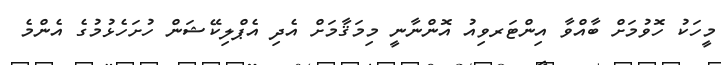
މީހަކު ހޮވުމަށް ބާއްވާ އިންޓަރވިއު އޮންނާނީ މިމަޤާމަށް އެދި އެޕްލިކޭޝަން ހުށަހެޅުމުގެ އެންމެ